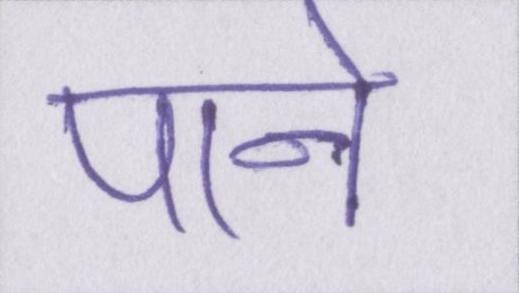
पाने